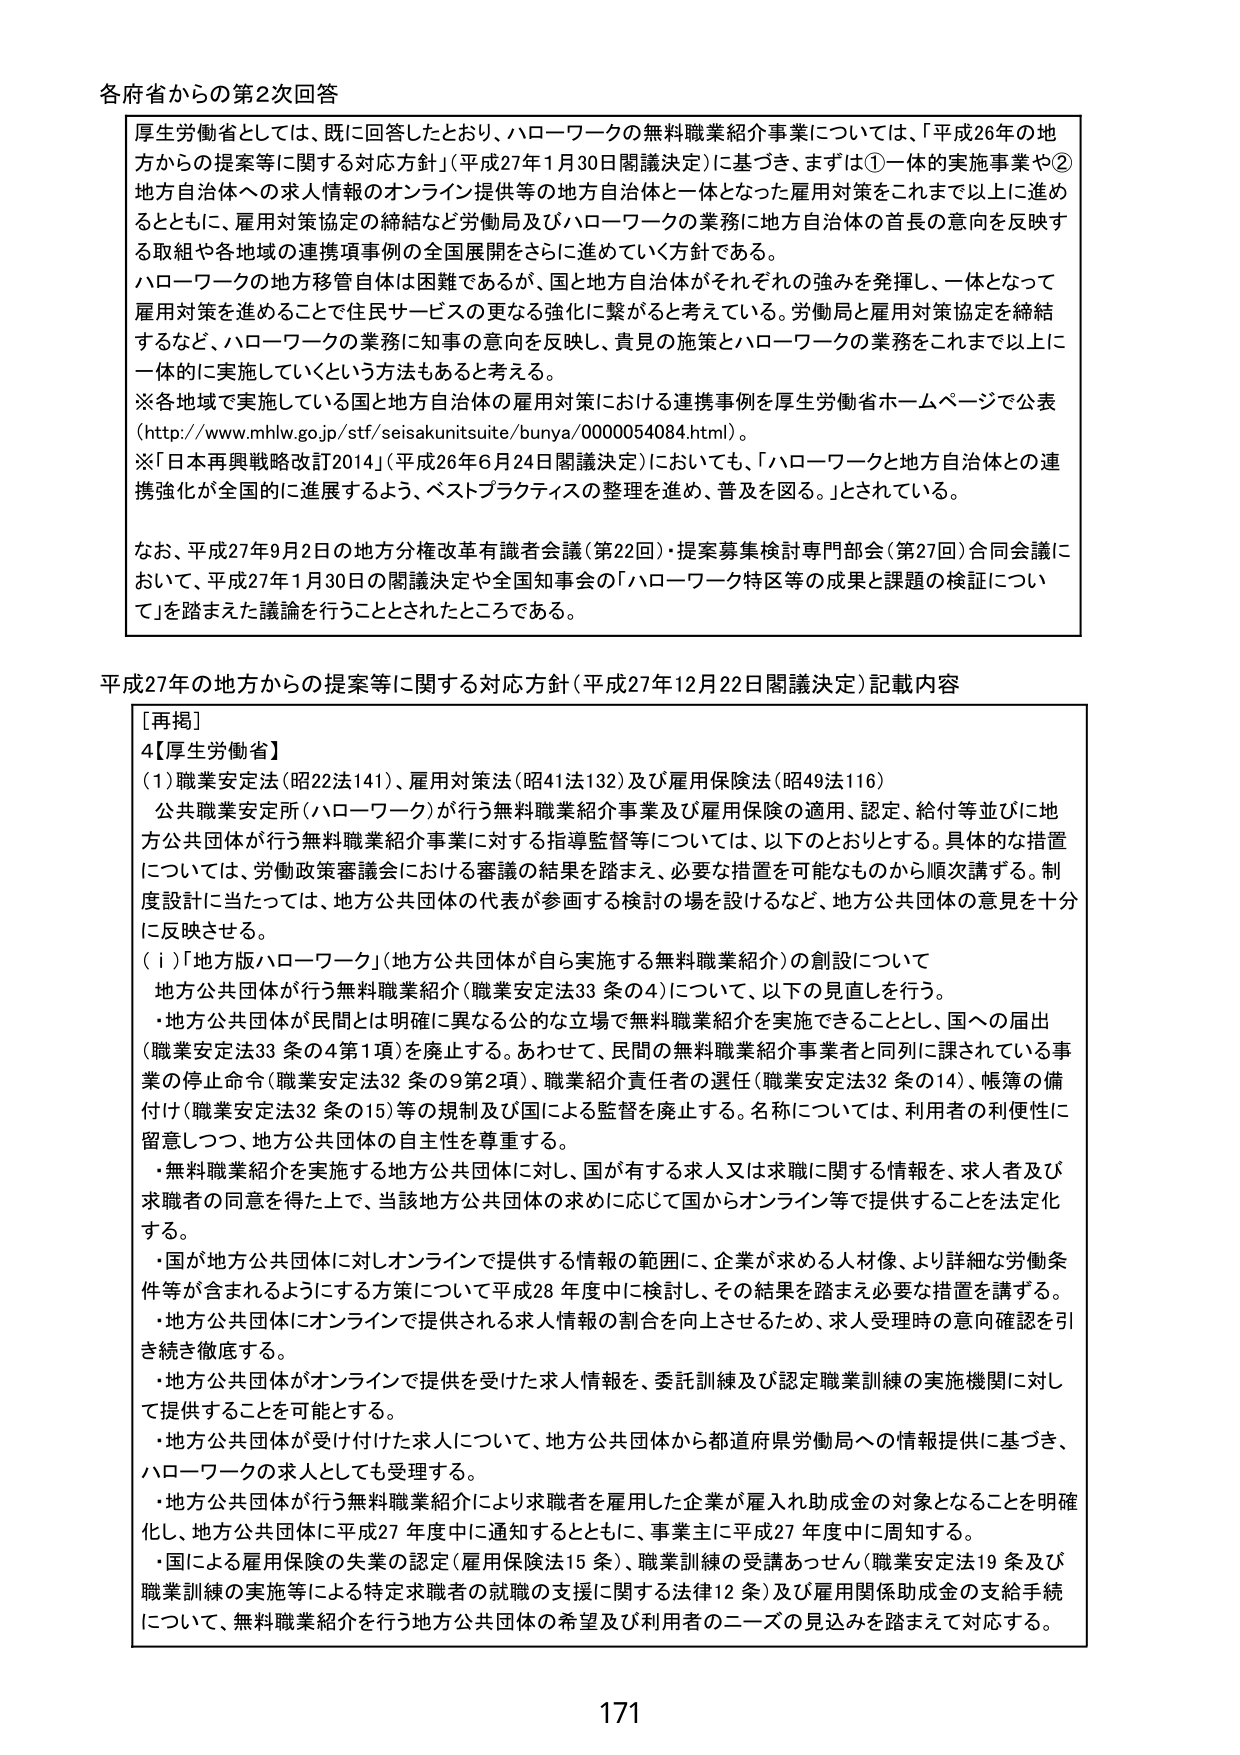
各府省からの第2次回答

厚生労働省としては、既に回答したとおり、ハローワークの無料職業紹介事業については、「平成26年の地方からの提案等に関する対応方針」（平成27年1月30日閣議決定）に基づき、まずは①一体的実施事業や②地方自治体への求人情報のオンライン提供等の地方自治体と一体となった雇用対策をこれまで以上に進めるとともに、雇用対策協定の締結など労働局及びハローワークの業務に地方自治体の首長の意向を反映する取組や各地域の連携事項例の全国展開をさらに進めていく方針である。

ハローワークの地方移管自体は困難であるが、国と地方自治体がそれぞれの強みを発揮し、一体となって雇用対策を進めることで住民サービスの更なる強化に繋がると考えている。労働局と雇用対策協定を締結するなど、ハローワークの業務に知事の意向を反映し、貴見の施策とハローワークの業務をこれまで以上に一体的に実施していくという方法もあると考える。

※各地域で実施している国と地方自治体の雇用対策における連携事例を厚生労働省ホームページで公表（http://www.mhlw.go.jp/stf/seisakunitsuite/bunya/0000054084.html）。

※「日本再興戦略改訂2014」（平成26年6月24日閣議決定）においても、「ハローワークと地方自治体との連携強化が全国的に進展するよう、ベストプラクティスの整理を進め、普及を図る。」とされている。

なお、平成27年9月2日の地方分権改革有識者会議（第22回）・提案募集検討専門部会（第27回）合同会議において、平成27年1月30日の閣議決定や全国知事会の「ハローワーク特区等の成果と課題の検証について」を踏まえた議論を行うこととされたところである。

平成27年の地方からの提案等に関する対応方針（平成27年12月22日閣議決定）記載内容

［再掲］
4【厚生労働省】
（1）職業安定法（昭22法141）、雇用対策法（昭41法132）及び雇用保険法（昭49法116）
　公共職業安定所（ハローワーク）が行う無料職業紹介事業及び雇用保険の適用、認定、給付等並びに地方公共団体が行う無料職業紹介事業に対する指導監督等については、以下のとおりとする。具体的な措置については、労働政策審議会における審議の結果を踏まえ、必要な措置を可能なものから順次講ずる。制度設計に当たっては、地方公共団体の代表が参画する検討の場を設けるなど、地方公共団体の意見を十分に反映させる。

　（ⅰ）「地方版ハローワーク」（地方公共団体が自ら実施する無料職業紹介）の創設について
　　地方公共団体が行う無料職業紹介（職業安定法33条の4）について、以下の見直しを行う。
　　・地方公共団体が民間とは明確に異なる公的な立場で無料職業紹介を実施できることとし、国への届出（職業安定法33条の4第1項）を廃止する。あわせて、民間の無料職業紹介事業者と同列に課されている事業の停止命令（職業安定法32条の9第2項）、職業紹介責任者の選任（職業安定法32条の14）、帳簿の備付け（職業安定法32条の15）等の規制及び国による監督を廃止する。名称については、利用者の利便性に留意しつつ、地方公共団体の自主性を尊重する。
　　・無料職業紹介を実施する地方公共団体に対し、国が有する求人又は求職に関する情報を、求人者及び求職者の同意を得た上で、当該地方公共団体の求めに応じて国からオンライン等で提供することを法定化する。
　　・国が地方公共団体に対しオンラインで提供する情報の範囲に、企業が求める人材像、より詳細な労働条件等が含まれるようにする方策について平成28年度中に検討し、その結果を踏まえ必要な措置を講ずる。
　　・地方公共団体にオンラインで提供される求人情報の割合を向上させるため、求人受領時の意向確認を引き続き徹底する。
　　・地方公共団体がオンラインで提供を受けた求人情報を、委託訓練及び認定職業訓練の実施機関に対して提供することを可能とする。
　　・地方公共団体が受け付けた求人について、地方公共団体から都道府県労働局への情報提供に基づき、ハローワークの求人としても受理する。
　　・地方公共団体が行う無料職業紹介により求職者を雇用した企業が雇入れ助成金の対象となることを明確化し、地方公共団体に平成27年度中に通知するとともに、事業主に平成27年度中に周知する。
　　・国による雇用保険の失業の認定（雇用保険法15条）、職業訓練の受講あっせん（職業安定法19条及び職業訓練の実施等による特定求職者の就職の支援に関する法律12条）及び雇用関係助成金の支給手続について、無料職業紹介を行う地方公共団体の希望及び利用者のニーズの見込みを踏まえて対応する。

171